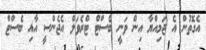
އެގޮތުން އެ ޖަމިއްޔާ އިން ވަނީ ބެސްޓް ޓްރެވަލް އެޖެންސީ އާއި ބެސްޓް